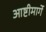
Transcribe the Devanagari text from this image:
आष्टीमार्गे